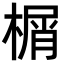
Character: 榍